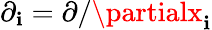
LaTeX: \partial_{\mathbf{i}}=\partial/\partialx_{\mathbf{i}}